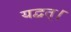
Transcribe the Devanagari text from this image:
यद्वत्।